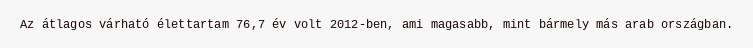
Az átlagos várható élettartam 76,7 év volt 2012-ben, ami magasabb, mint bármely más arab országban.